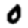
Digit: 0